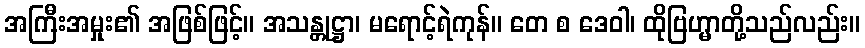
အကြီးအမှုး၏ အဖြစ်ဖြင့်။ အသန္တုဋ္ဌာ၊ မရောင့်ရဲကုန်။ တေ စ ဒေဝါ၊ ထိုဗြဟ္မာတို့သည်လည်း။